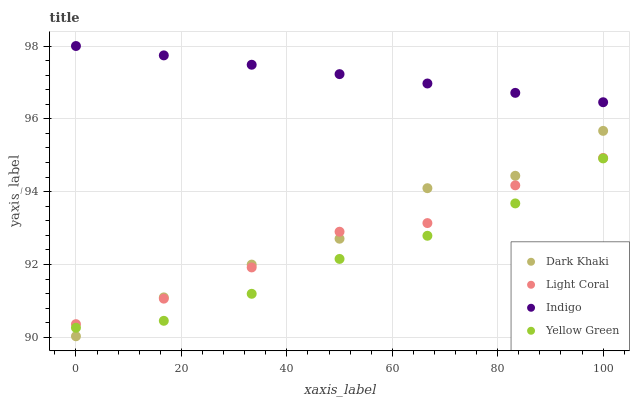
| xaxis_label | Dark Khaki | Light Coral | Indigo | Yellow Green |
 | --- | --- | --- | --- | --- |
 | 0 | 90 | 90.4 | 98 | 90.3 |
 | 16.7 | 91.1 | 91.1 | 97.7 | 90.5 |
 | 33.3 | 92 | 91.9 | 97.5 | 91.2 |
 | 50 | 92.7 | 92.9 | 97.2 | 92.2 |
 | 66.7 | 94.1 | 93.1 | 97 | 92.8 |
 | 83.3 | 94.4 | 94.2 | 96.7 | 93.7 |
 | 100 | 95.7 | 94.9 | 96.5 | 94.9 |